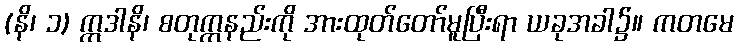
(နိ၊ ၁) ဣဒါနိ၊ စတုက္ကနည်းကို အားထုတ်တော်မူပြီးရာ ယခုအခါ၌။ ကတမေ